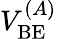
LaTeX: V_{\mathrm{BE}}^{(A)}